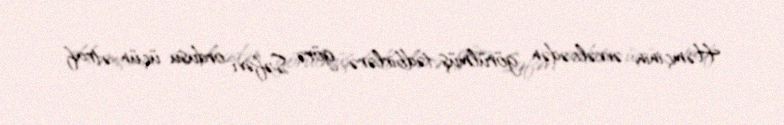
Həmçinin əvvəlcədən görülmüş tədbirlərə görə Səfəvi ordusu üçün ətraf